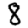
Digit: 8